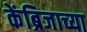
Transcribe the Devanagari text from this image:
केंब्रिजाच्या